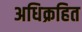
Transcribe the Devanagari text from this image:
अधिक्रहित